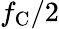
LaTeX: f_{\mathrm{C}}/2